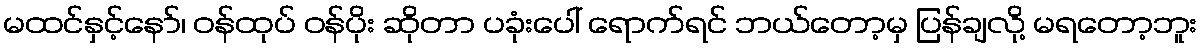
မထင်နှင့်နော်၊ ဝန်ထုပ် ဝန်ပိုး ဆိုတာ ပခုံးပေါ် ရောက်ရင် ဘယ်တော့မှ ပြန်ချလို့ မရတော့ဘူး